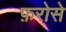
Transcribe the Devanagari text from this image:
फ़रोसे